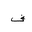
Letter: _fa